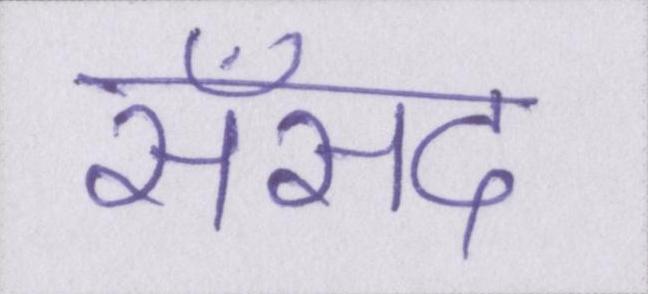
सँसद